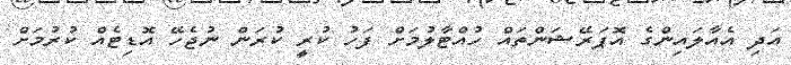
އަދި އެއާލައިންގެ އޮޕަރޭޝަންތައް ހުއްޓާލުމަށް ފަހު ކުރީ ކުރަން ނުޖެހޭ އޮޑިޓެއް ކުރުމަށް